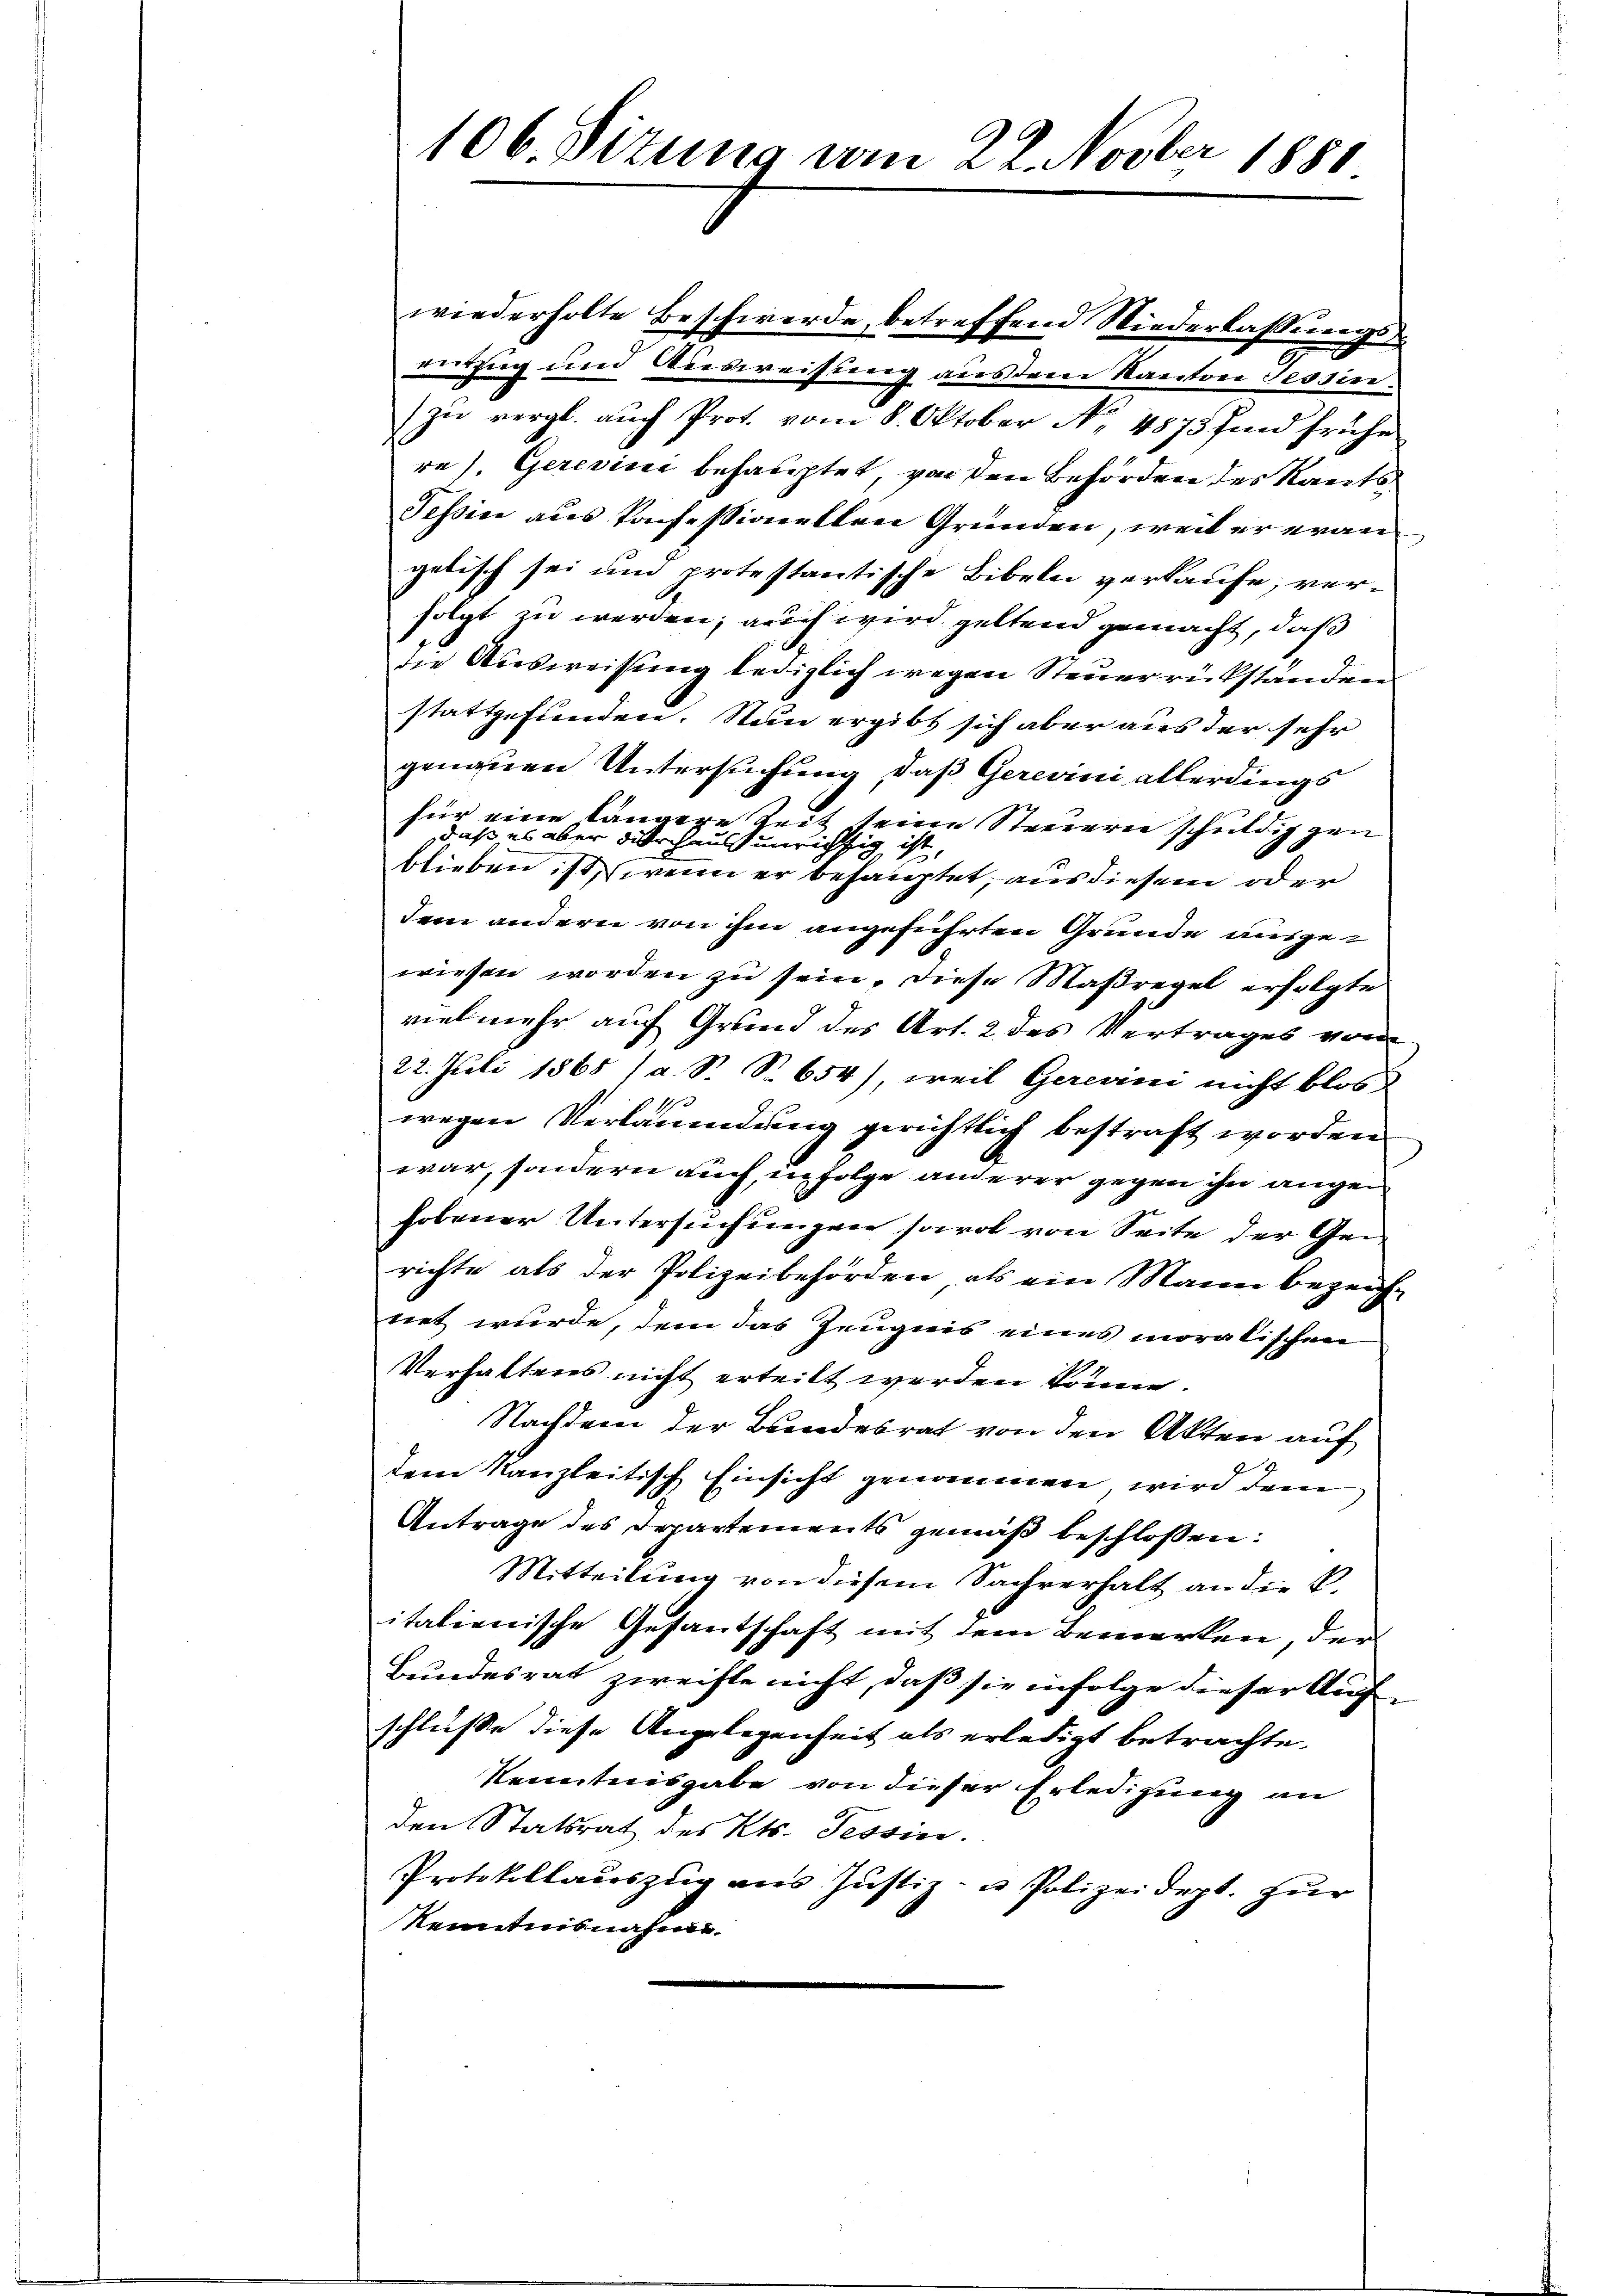
wiederholte Beschwerde, betreffend Niederlassungseerzug und Wiesereisung austren Kantone Tessin.
zu vergl. auch Prof. vom 8. Oktober No. 4875 sind frühe
re). Gerevisi behauptet, von den Behörden des Kants
Teßin aus konfessionellen Gründen, weil er evan
gelisch sei um protestantische Bibeln verkaufe; verfolgt zu werden; auch wird geltend gemacht, daß
die Ausweisung lediglich wegen Steuerrückstanden
stattgefunden. Nun ergibt sich aber aus der sehr
genauen Untersuchung, daß Gerevini allerdings
für eine längere Zeit seine Steuern schuldig gen
daß es aber durch aus unrichtig ist,
blieben ist, wenn er behauptet, aus diesem oder
dem andern von ihm angeführten Grunde ausgewiesen worden zu sein, diese Maßregel erfolgte
vielmehr auf Grund des Art. 2 des Vertrages vom
22. Juli 1865 /a S. S. 654), weil Gerevini nicht blos
wegen Verläumdung gerichtlich bestraft worden
war, sondern auch, infolge anderer gegen ihn angehobener Untersuchungen sowol von Seite der Gerichte als der Polizeibehörden, als ein Mann bezeichnet wurde, dem das Zeugnis eines moralischen
Verhalteres nicht erteilt werden könne.
Nachdem der Bundesrat von den Akten auf
dem Kanzleitisch Einsicht genommen wird dem
Antrage des Departements gemäß beschlossen:
Mitteilung von diesem Sachverhalt an die k.
itationische Gesantschaft mit dem Bemerken, der
Bundesrat zweifle nicht, daß sie infolge dieser Aufschluße diese Angelegenheit als erledigt betrachte.
Kenntnisgabe von dieser Erledigung an
den Statsrat des Kts. Tessin.
Protokollauszug aus Justiz- u Polizeidept. zur
Kenntnisnahme.

C
106. Situng vom 22. Novber 1880